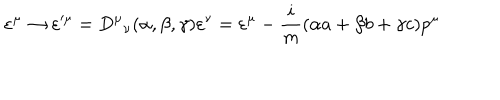
LaTeX: \varepsilon ^ { \mu } \rightarrow \varepsilon ^ { \prime \mu } = { D ^ { \mu } } _ { \nu } ( \alpha , \beta , \gamma ) \varepsilon ^ { \nu } = \varepsilon ^ { \mu } - \frac { i } { m } ( \alpha a + \beta b + \gamma c ) p ^ { \mu }